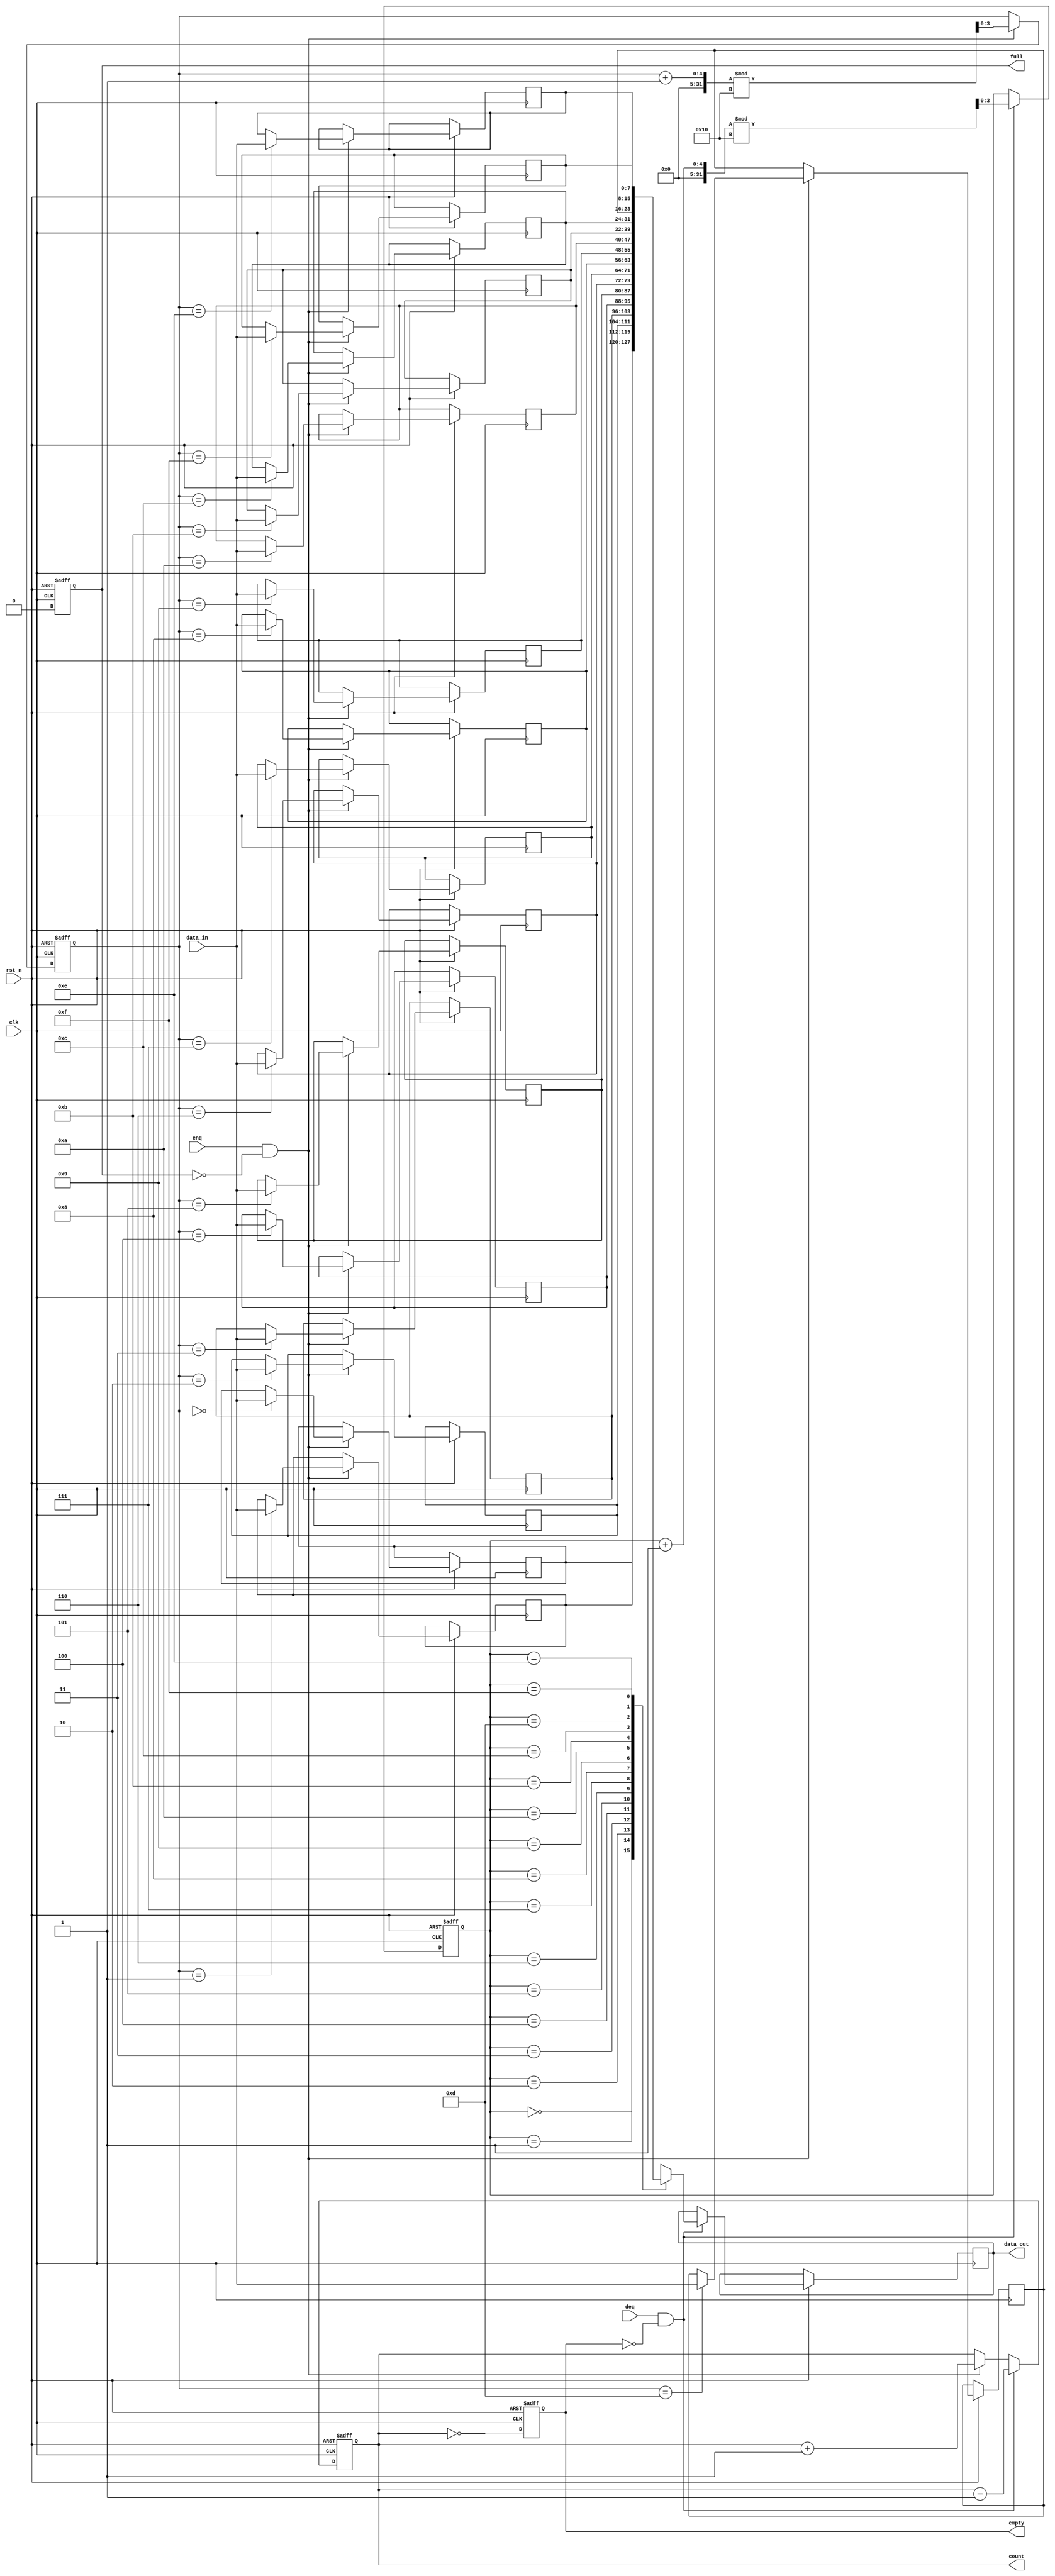
module parameterized_fifo #(
    parameter DATA_WIDTH = 8,    // Width of each data entry
    parameter FIFO_DEPTH = 16     // Total number of entries in the FIFO
) (
    input wire clk,               // Clock signal
    input wire rst_n,             // Asynchronous reset (active low)
    input wire [DATA_WIDTH-1:0] data_in, // Data input for enqueue
    input wire enq,               // Enqueue control signal
    input wire deq,               // Dequeue control signal
    output reg [DATA_WIDTH-1:0] data_out, // Data output for dequeue
    output reg full,              // FIFO full indicator
    output reg empty,             // FIFO empty indicator
    output reg [$clog2(FIFO_DEPTH)-1:0] count // Current item count
);

    // Internal memory array
    reg [DATA_WIDTH-1:0] fifo_mem [0:FIFO_DEPTH-1];
    reg [$clog2(FIFO_DEPTH)-1:0] write_ptr; // Write pointer
    reg [$clog2(FIFO_DEPTH)-1:0] read_ptr;  // Read pointer

    // Initialize the FIFO on reset
    always @(posedge clk or negedge rst_n) begin
        if (!rst_n) begin
            write_ptr <= 0;
            read_ptr <= 0;
            count <= 0;
            full <= 0;
            empty <= 1;
        end else begin
            // Enqueue operation
            if (enq && !full) begin
                fifo_mem[write_ptr] <= data_in; // Store data
                write_ptr <= (write_ptr + 1) % FIFO_DEPTH; // Wrap around
                count <= count + 1; // Increment count
            end

            // Dequeue operation
            if (deq && !empty) begin
                data_out <= fifo_mem[read_ptr]; // Read data
                read_ptr <= (read_ptr + 1) % FIFO_DEPTH; // Wrap around
                count <= count - 1; // Decrement count
            end

            // Update full and empty flags
            full <= (count == FIFO_DEPTH);
            empty <= (count == 0);
        end
    end

endmodule